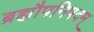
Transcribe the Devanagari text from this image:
ब्रह्मौपनिषदम्